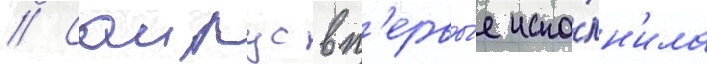
// Саирус вп'ервы́е испо́лн'ила